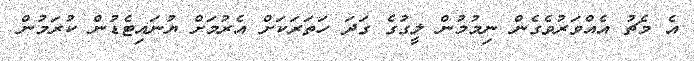
އެ މެޗު އެއްވަރުވެގެން ނިމުމުން ލީގުގެ ގަދަ ހަތަރަކަށް އެރުމަށް ޔުނައިޓެޑުން ކުރަމުން